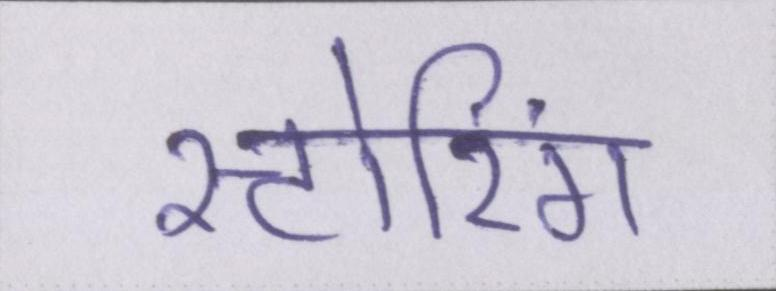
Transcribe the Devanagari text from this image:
स्टोरिंग